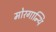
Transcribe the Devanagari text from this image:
मोरगान्थि